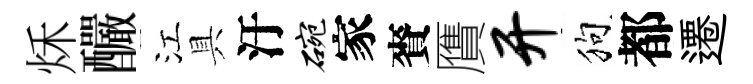
秌釅江具汙碗家賚贋开狗都遷